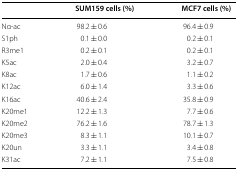
|  | SUM159 cells (%) | MCF7 cells (%) |
 | --- | --- | --- |
 | Nα-ac | 98.2 ± 0.6 | 96.4 ± 0.9 |
 | S1ph | 0.1 ± 0.0 | 0.2 ± 0.1 |
 | R3me1 | 0.2 ± 0.1 | 0.2 ± 0.1 |
 | K5ac | 2.0 ± 0.4 | 3.2 ± 0.7 |
 | K8ac | 1.7 ± 0.6 | 1.1 ± 0.2 |
 | K12ac | 6.0 ± 1.4 | 3.3 ± 0.6 |
 | K16ac | 40.6 ± 2.4 | 35.8 ± 0.9 |
 | K20me1 | 12.2 ± 1.3 | 7.7 ± 0.6 |
 | K20me2 | 76.2 ± 1.6 | 78.7 ± 1.3 |
 | K20me3 | 8.3 ± 1.1 | 10.1 ± 0.7 |
 | K20un | 3.3 ± 1.1 | 3.4 ± 0.8 |
 | K31ac | 7.2 ± 1.1 | 7.5 ± 0.8 |